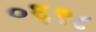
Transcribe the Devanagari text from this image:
०६९८